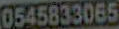
0545833065